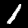
Digit: 1